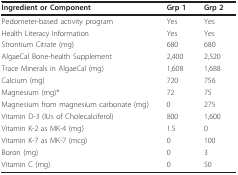
| Ingredient or Component | Grp 1 | Grp 2 |
 | --- | --- | --- |
 | Pedometer-based activity program | Yes | Yes |
 | Health Literacy Information | Yes | Yes |
 | Strontium Citrate (mg) | 680 | 680 |
 | AlgaeCal Bone-health Supplement | 2,400 | 2,520 |
 | Trace Minerals in AlgaeCal (mg) | 1,608 | 1,688 |
 | Calcium (mg) | 720 | 756 |
 | Magnesium (mg)* | 72 | 75 |
 | Magnesium from magnesium carbonate (mg) | 0 | 275 |
 | Vitamin D-3 (IUs of Cholecalciferol) | 800 | 1,600 |
 | Vitamin K-2 as MK-4 (mg) | 1.5 | 0 |
 | Vitamin K-7 as MK-7 (mcg) | 0 | 100 |
 | Boron (mg) | 0 | 3 |
 | Vitamin C (mg) | 0 | 50 |